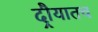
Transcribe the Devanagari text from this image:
दौर्‍यातच